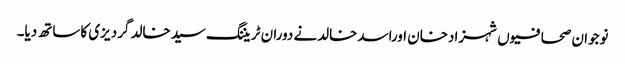
نوجوان صحافیوں شہزادخان اوراسدخالدنے دوران ٹریننگ سیدخالد گردیزی کاساتھ دیا۔